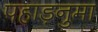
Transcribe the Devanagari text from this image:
पहाड़नुमा